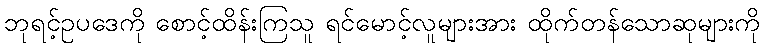
ဘုရင့်ဥပဒေကို စောင့်ထိန်းကြသူ ရင်မောင့်လူများအား ထိုက်တန်သောဆုများကို